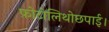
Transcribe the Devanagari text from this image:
फ़ोटोलिथोछपाई।